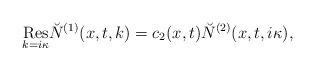
LaTeX: \begin{align*} \underset{k=i\kappa}{\rm Res}\breve{N}^{(1)}(x,t,k)=c_2(x,t)\breve{N}^{(2)}(x,t,i\kappa), \end{align*}